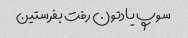
سوپ یادتون رفت بفرستین